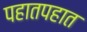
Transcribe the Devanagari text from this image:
पहातपहात